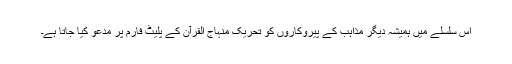
اس سلسلے میں ہمیشہ دیگر مذاہب کے پیروکاروں کو تحریک منہاج القرآن کے پلیٹ فارم پر مدعو کیا جاتا ہے۔